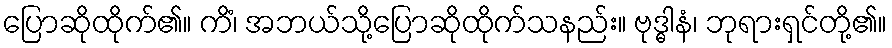
ပြောဆိုထိုက်၏။ ကိံ၊ အဘယ်သို့ပြောဆိုထိုက်သနည်း။ ဗုဒ္ဓါနံ၊ ဘုရားရှင်တို့၏။